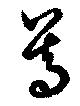
等